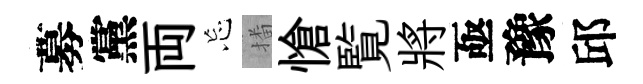
募黨両忘播愴覧將亟豫邱